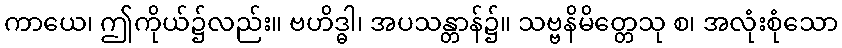
ကာယေ၊ ဤကိုယ်၌လည်း။ ဗဟိဒ္ဓါ၊ အပသန္တာန်၌။ သဗ္ဗနိမိတ္တေသု စ၊ အလုံးစုံသော